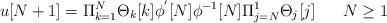
LaTeX: \begin{align*} u[N+1]=\Pi^{N}_{k=1} \Theta_{k}[k] \phi^{'}[N] \phi^{-1}[N] \Pi^{1}_{j=N}\Theta_{j}[j] \;\;\;\; \;\; N \geq 1\end{align*}